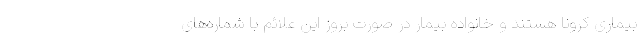
بیماری کرونا هستند و خانواده بیمار در صورت بروز این علائم با شماره‌های